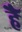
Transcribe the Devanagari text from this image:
हैॅ